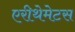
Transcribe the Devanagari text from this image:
एरीथेमेटस